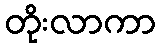
တိုးလာကာ